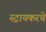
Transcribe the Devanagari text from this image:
स्ट्रायकरचे